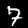
Label: 7